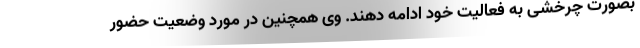
بصورت چرخشی به فعالیت خود ادامه دهند. وی همچنین در مورد وضعیت حضور